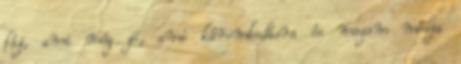
fáj, ami még jó, ami káromkodásra és magam módja